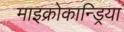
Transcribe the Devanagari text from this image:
माइक्रोकान्ड्रिया